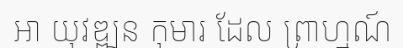
ឣា យុវឌ្ឍន កុមារ ដែល ព្រាហ្មណ៍